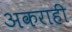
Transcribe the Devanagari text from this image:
अकराहीं